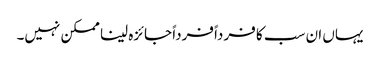
یہاں ان سب کا فرداً فرداً جائزہ لینا ممکن نہیں۔